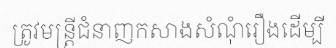
ត្រូវមន្ត្រីជំនាញកសាងសំណុំរឿងដើម្បី